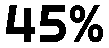
45%